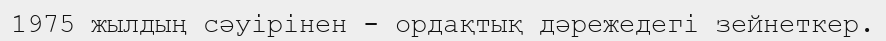
1975 жылдың сәуірінен - ордақтық дәрежедегі зейнеткер.